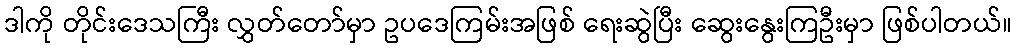
ဒါကို တိုင်းဒေသကြီး လွှတ်တော်မှာ ဥပဒေကြမ်းအဖြစ် ရေးဆွဲပြီး ဆွေးနွေးကြဦးမှာ ဖြစ်ပါတယ်။